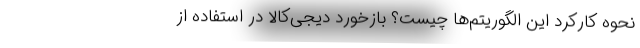
نحوه کارکرد این الگوریتم‌ها چیست؟ بازخورد دیجی‌کالا در استفاده از